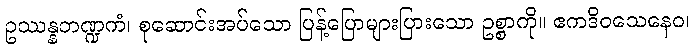
ဥဿန္နဘဏ္ဍကံ၊ စုဆောင်းအပ်သော ပြန့်ပြောများပြားသော ဥစ္စာကို။ ဧကဒိဝသေနေဝ၊